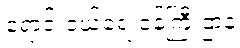
ရောင်းဝယ်ရေးဝန်ကြီးဌာန